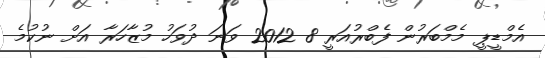
އެމްޑީޕީ މެމްބަރުން ފެބްރުއަރީ 8 2012 ވަނަ ދުވަހު މުޒާހަރާ އަށް ނުކުމެ